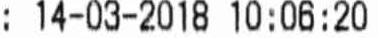
: 14-03-2018 10:06:20